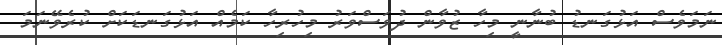
ނަމަވެސް އަޅުގަނޑު ބުނާނީ މިހާ ޒުވާން ދުވަސްވަރު މިހުރިހާ ކަމެއް އަޅުގަނޑަކަށް ކުރެވޭނަމަ